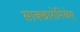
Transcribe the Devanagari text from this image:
साक्खारोमिकेस्